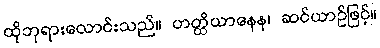
ထိုဘုရားလောင်းသည်။ ဟတ္ထိယာနေန၊ ဆင်ယာဉ်ဖြင့်။